Indian journal of veterinary science and animal husbandry - Volume 13,
Year: 1943
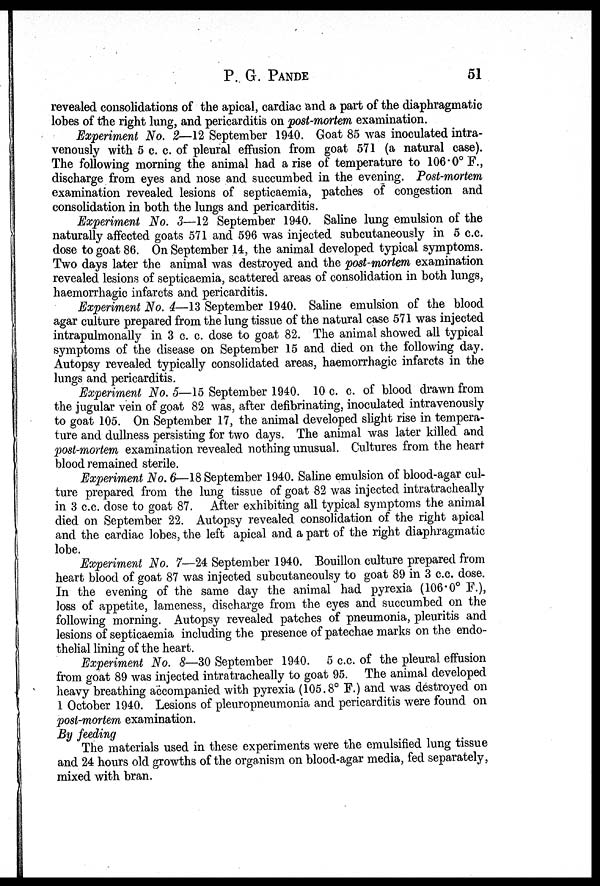
P. G. PANDE 51
revealed consolidations of the apical, cardiac and a part of the diaphragmatic
lobes of the right lung, and pericarditis on post-mortem examination.
Experiment No. 2—12 September 1940. Goat 85 was inoculated intra-
venously with 5 c. c. of pleural effusion from goat 571 (a natural case).
The following morning the animal had a rise of temperature to 106.0° F.,
discharge from eyes and nose and succumbed in the evening. Post-mortem
examination revealed lesions of septicaemia, patches of congestion and
consolidation in both the lungs and pericarditis.
Experiment No. 3—12 September 1940. Saline lung emulsion of the
naturally affected goats 571 and 596 was injected subcutaneously in 5 c.c.
dose to goat 86. On September 14, the animal developed typical symptoms.
Two days later the animal was destroyed and the post-mortem examination
revealed lesions of septicaemia, scattered areas of consolidation in both lungs,
haemorrhagic infarcts and pericarditis.
Experiment No. 4—13 September 1940. Saline emulsion of the blood
agar culture prepared from the lung tissue of the natural case 571 was injected
intrapulmonally in 3 c. c. dose to goat 82. The animal showed all typical
symptoms of the disease on September 15 and died on the following day.
Autopsy revealed typically consolidated areas, haemorrhagic infarcts in the
lungs and pericarditis.
Experiment No. 5—15 September 1940. 10 c. c. of blood drawn from
the jugular vein of goat 82 was, after defibrinating, inoculated intravenously
to goat 105. On September 17, the animal developed slight rise in tempera-
ture and dullness persisting for two days. The animal was later killed and
post-mortem examination revealed nothing unusual. Cultures from the heart
blood remained sterile.
Experiment No. 6—18 September 1940. Saline emulsion of blood-agar cul-
ture prepared from the lung tissue of goat 82 was injected intratracheally
in 3 c.c. dose to goat 87. After exhibiting all typical symptoms the animal
died on September 22. Autopsy revealed consolidation of the right apical
and the cardiac lobes, the left apical and a part of the right diaphragmatic
lobe.
Experiment No. 7—24 September 1940. Bouillon culture prepared from
heart blood of goat 87 was injected subcutaneoulsy to goat 89 in 3 c.c. dose.
In the evening of the same day the animal had pyrexia (106.0° F.),
loss of appetite, lameness, discharge from the eyes and succumbed on the
following morning. Autopsy revealed patches of pneumonia, pleuritis and
lesions of septicaemia including the presence of patechae marks on the endo-
thelial lining of the heart.
Experiment No. 8—30 September 1940. 5 c.c. of the pleural effusion
from goat 89 was injected intratracheally to goat 95. The animal developed
heavy breathing accompanied with pyrexia (105.8° F.) and was destroyed on
1 October 1940. Lesions of pleuropneumonia and pericarditis were found on
post-mortem examination.
By feeding
The materials used in these experiments were the emulsified lung tissue
and 24 hours old growths of the organism on blood-agar media, fed separately,
mixed with bran.